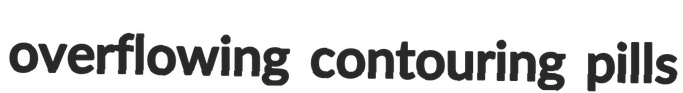
overflowing contouring pills